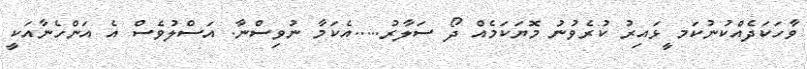
ވާހަކަދެއްކުނުކަމ ީޅައިރު ކުރެވުނު މޮޔަކަމެއް ދޯ ސަލާރު.....އެކަމާ ނުވިސްނާ. އަސްލުވެސް އެ އަންހެނާއަކީ